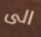
الى